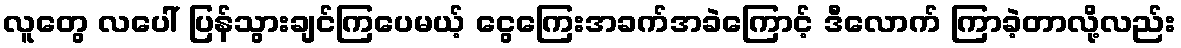
လူတွေ လပေါ် ပြန်သွားချင်ကြပေမယ့် ငွေကြေးအခက်အခဲကြောင့် ဒီလောက် ကြာခဲ့တာလို့လည်း